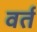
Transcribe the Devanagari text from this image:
वर्त